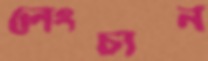
লেংচান